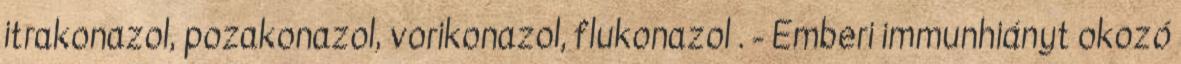
itrakonazol, pozakonazol, vorikonazol, flukonazol . - Emberi immunhiányt okozó